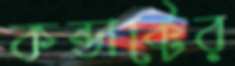
কন্ডাক্টের